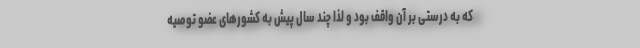
که به درستی بر آن واقف بود و لذا چند سال پیش به کشورهای عضو توصیه